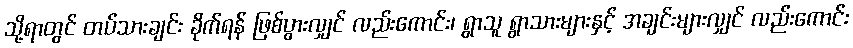
သို့ရာတွင် တပ်သားချင်း ခိုက်ရန် ဖြစ်ပွားလျှင် လည်းကောင်း၊ ရွာသူ ရွာသားများနှင့် အချင်းများလျှင် လည်းကောင်း